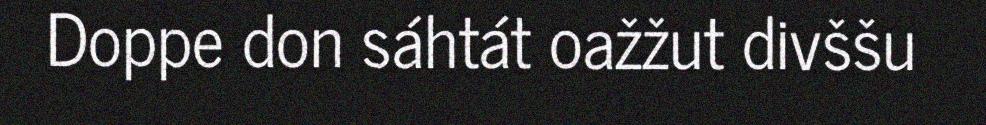
Doppe don sáhtát oažžut divššu